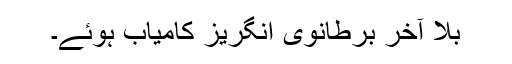
بلا آخر برطانویْ انگریز کامیاب ہوئے۔